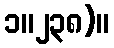
၁။၂၃၈)။